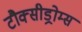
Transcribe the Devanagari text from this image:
टौक्सीड्रोम्स